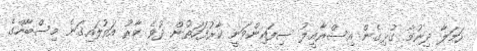
ހަމަލާ ދިނުމާ ގުޅިގެން އިސްރާއީލު ސިފައިންވަނީ ކާރުފަހަތުން ދުވެ ކާރު އަތުލައިގަނެ މިސްބާހްގެ